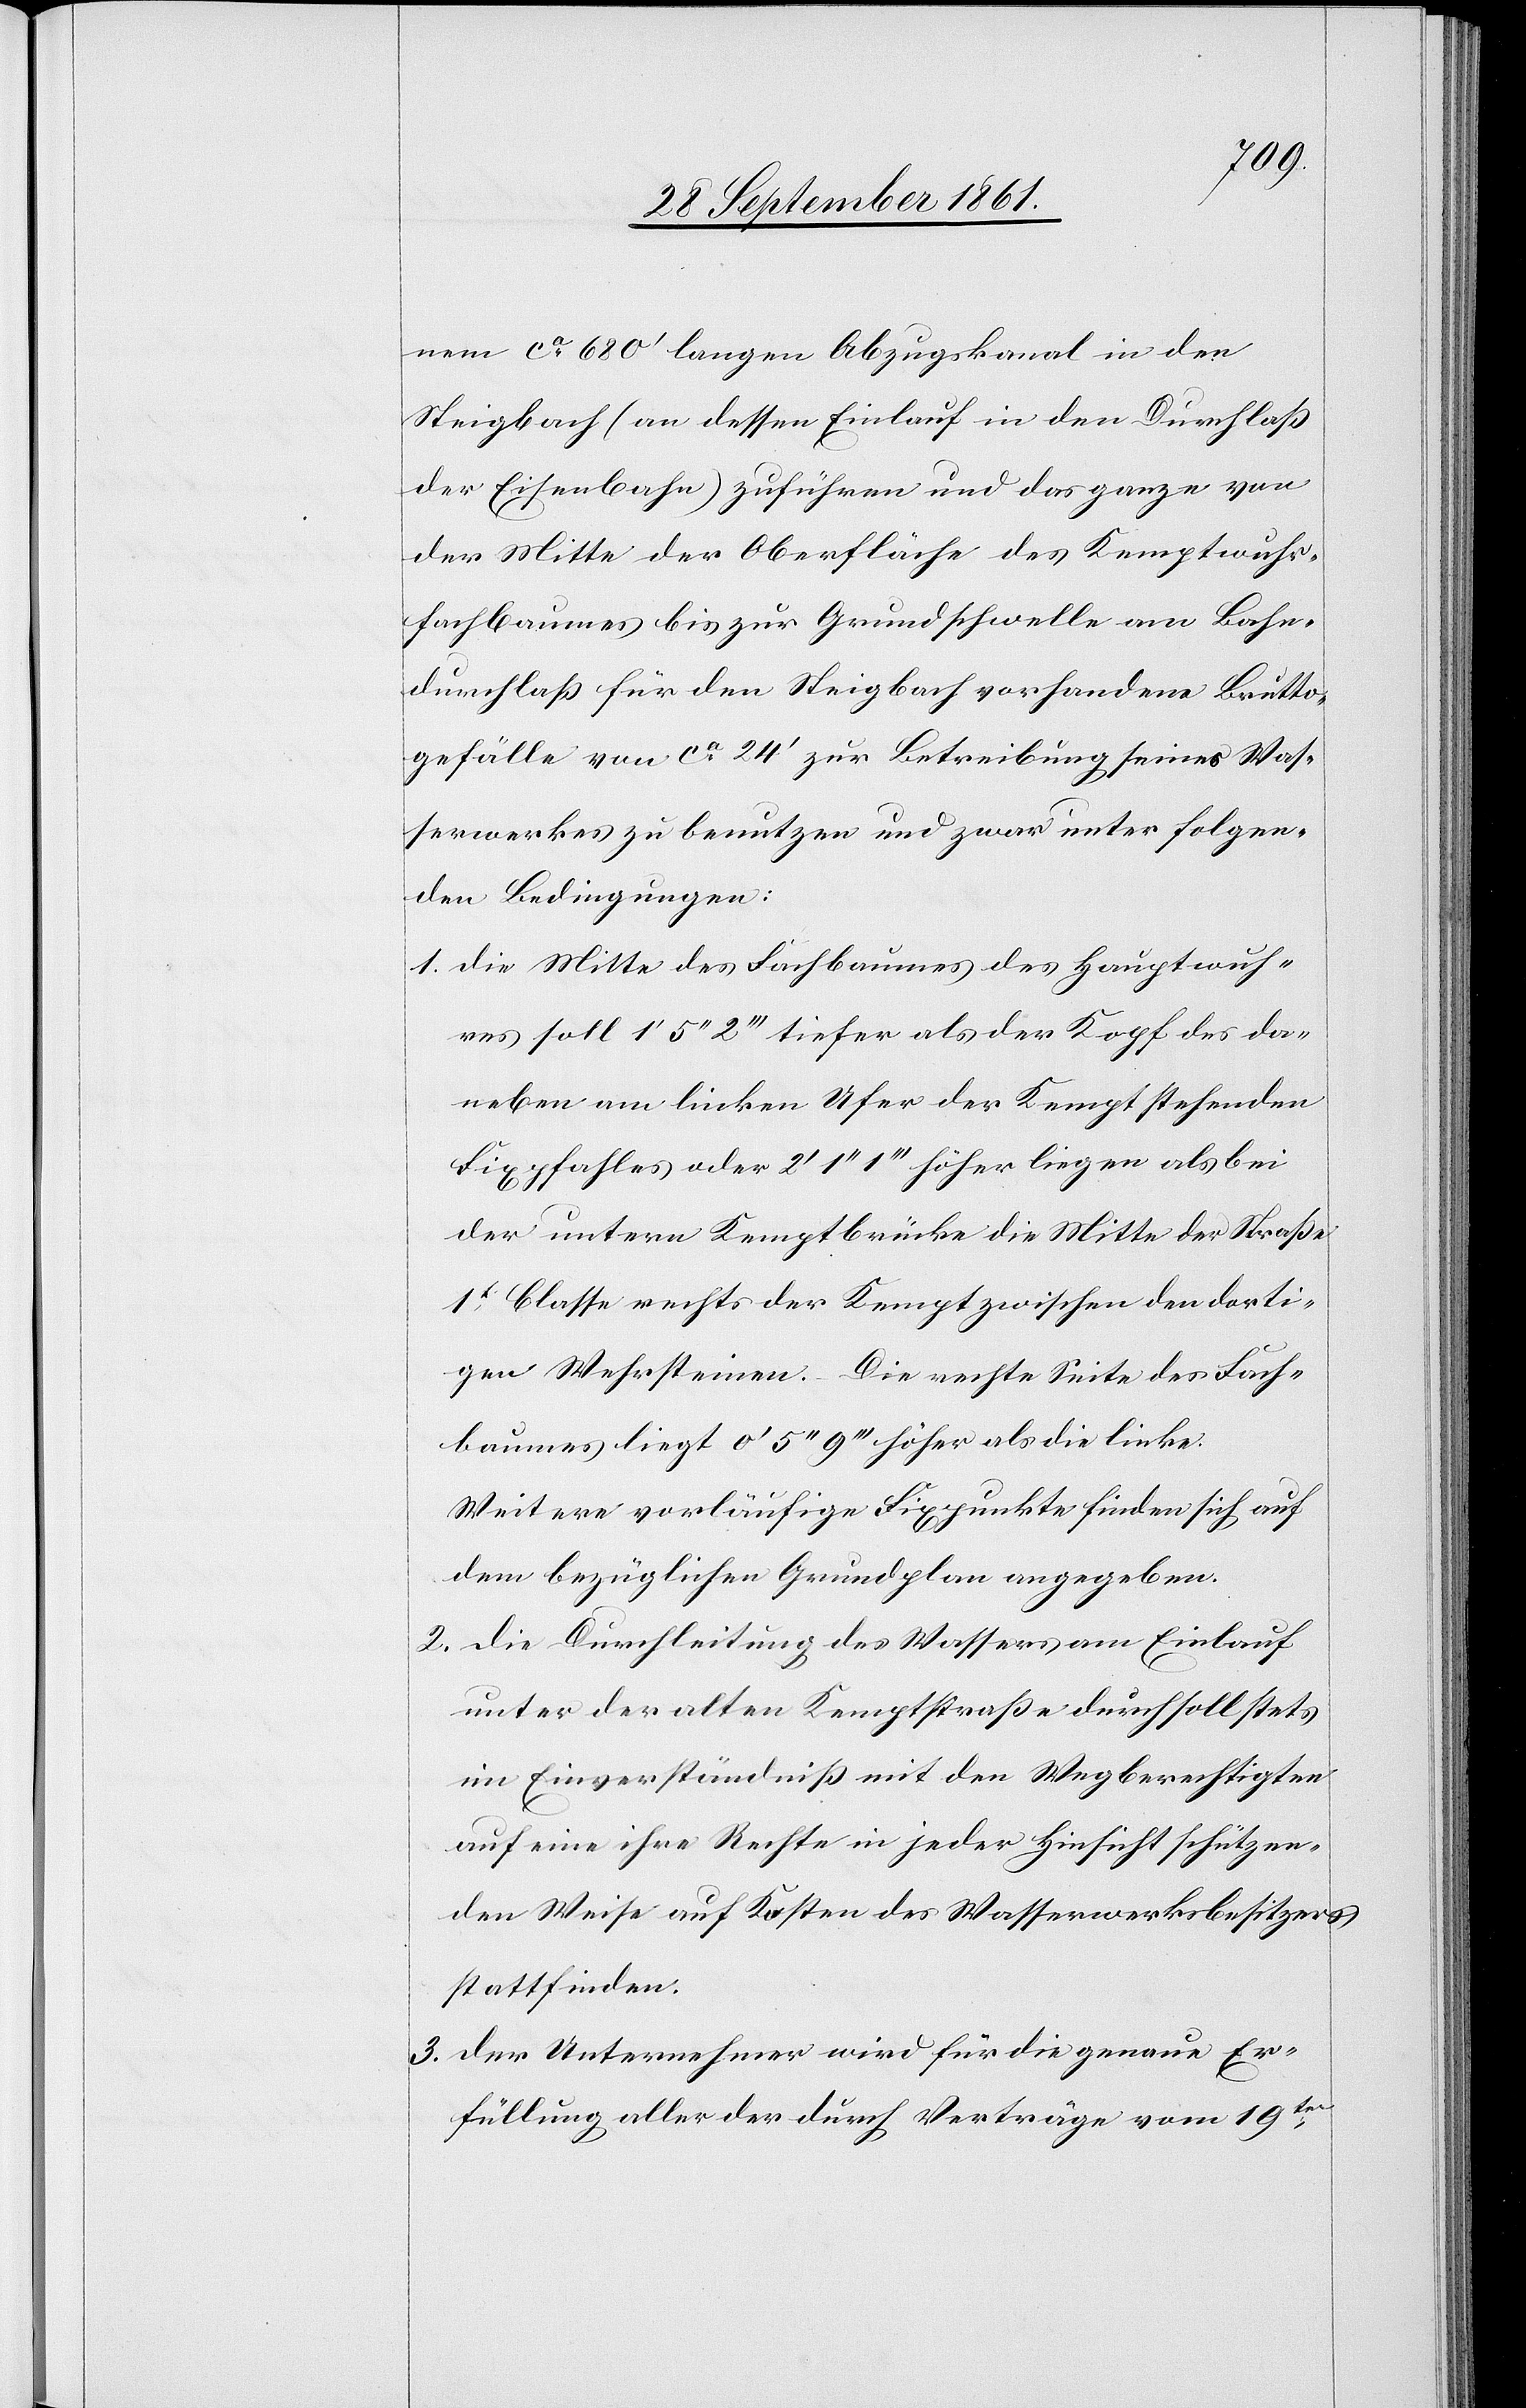
nen ca 680’ langen Abzugskanal in den
Steigbach (an dessen Einlauf in den Durchlaß
der Eisenbahn) zu führen und das ganze von
der Mitte der Oberfläche des Kemptwuhr¬
fachbaumes bis zur Grundschwelle am Bahn¬
durchlaß für den Steigbach vorhandene Brutto¬
gefälle von ca 24’ zur Betreibung seines Was¬
serwerkes zu benutzen und zwar unter folgen¬
den Bedingungen:
1. Die Mitte des Fachbaumes des Hauptwuh¬
res soll 1’ 5“ 2’’’ tiefer als der Kopf des da¬
neben am linken Ufer der Kempt stehenden
Fixpfahles oder 2’ 1“ 1’’’ höher liegen als bei
der untern Kemptbrücke die Mitte der Straße
1t Classe rechts der Kempt zwischen den dorti¬
gen Wuhrsteinen. Die rechte Seite des Fach¬
baumes liegt 0’ 5“ 9’’’ höher als die linke.
Weitere vorläufige Fixpunkte finden sich auf
dem bezüglichen Grundplan angegeben.
2. Die Durchleitung des Wassers am Einlauf
unter der alten Kemptstraße durch soll stets
im Einverständniß mit den Wegberechtigten
auf eine ihre Rechte in jeder Hinsicht schützen¬
den Weise auf Kosten des Wasserwerksbesitzers
stattfinden.
3. Der Unternehmer wird für die genaue Er¬
füllung aller der durch Verträge vom 19ten